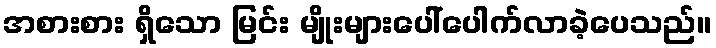
အစားစား ရှိသော မြင်း မျိုးများပေါ်ပေါက်လာခဲ့ပေသည်။